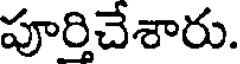
పూర్తిచేశారు.